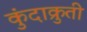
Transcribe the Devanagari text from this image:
कुंदाक्रुती